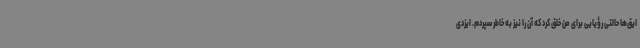
ایق‌ها حالتی رؤیایی برای من خلق کرد که آن را نیز به خاطر سپردم. ایزدی